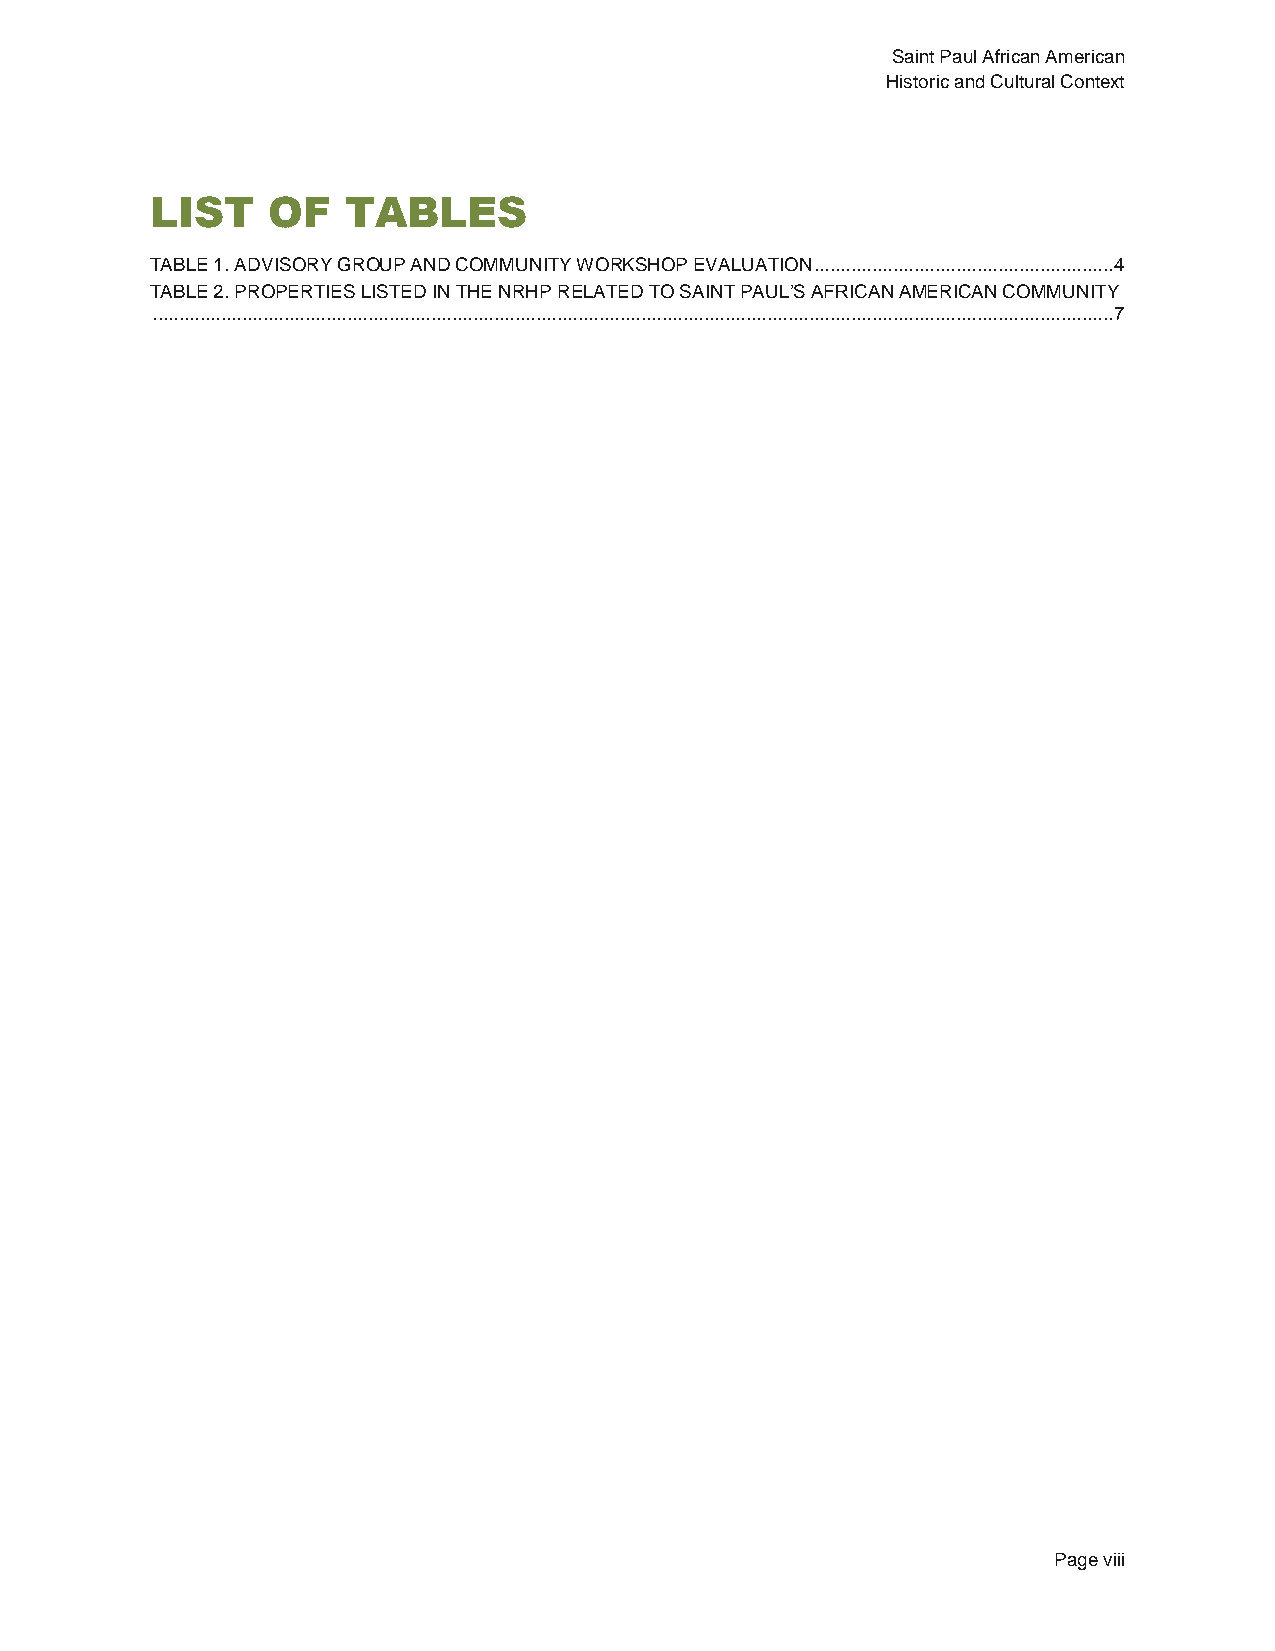
Saint Paul African American
 Historic and Cultural Context
 LIST    OF   TABLES
 TABLE 1. ADVISORY GROUP AND COMMUNITY WORKSHOP EVALUATION ......................................................... 4
 TABLE 2. PROPERTIES LISTED IN THE NRHP RELATED TO SAINT PAUL’S AFRICAN AMERICAN COMMUNITY
 ....................................................................................................................................................................................... 7
 Page viii